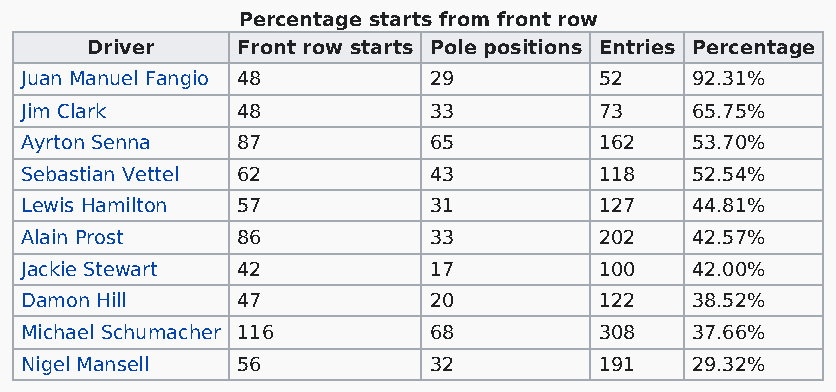
Percentage starts from front row
 Driver    Front row starts Pole positions Entries Percentage
 Juan Manuel Fangio 48      29          52    92.31%
 Jim Clark      48          33          73    65.75%
 Ayrton Senna   87          65          162   53.70%
 Sebastian Vettel 62        43          118   52.54%
 Lewis Hamilton 57          31          127   44.81%
 Alain Prost    86          33          202   42.57%
 Jackie Stewart 42          17          100   42.00%
 Damon Hill     47          20          122   38.52%
 Michael Schumacher 116     68          308   37.66%
 Nigel Mansell  56          32          191   29.32%